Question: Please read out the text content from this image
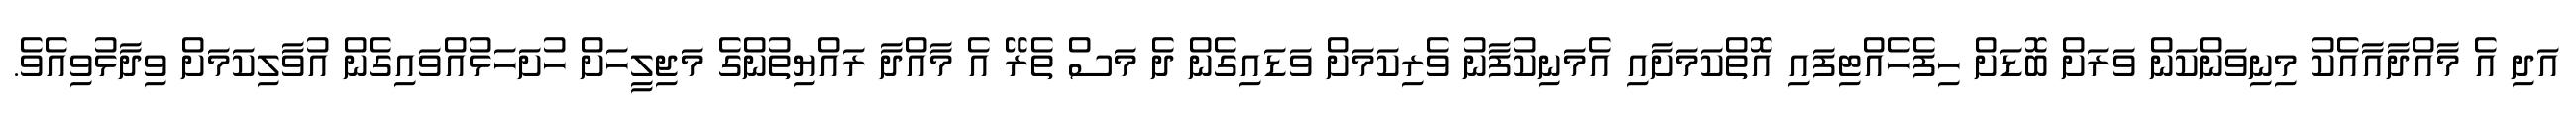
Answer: އަދި އެ މާއްދާއާއެކު މިނިވަންކަން ވަރަށް ބޮޑަށް ހިފެހެއްޓިފައި އޮތްކަމަށާއި އެމަނިކުފާނު ވެރިކަމަށް ވަޑައިގެން ދެ މަސް ތެރޭ އެ މާއްދާ ރައްޔިތުންގެ މަޖިލީހަށް ހުށަހަޅުއްވައިގެން އުވާލިކަމަށް ވިދާޅުވިއެވެ.